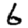
Digit: 6